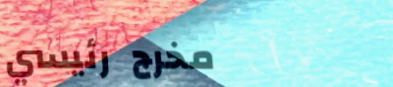
مخرج رئيسي